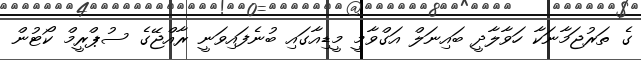
ގެ ތަރުޖަމާނަކާ ހަވާލާދީ ބައިނަލް އަގްވާމީ މީޑިއާގައި ބުނެފައިވަނީ ރާއްޖޭގެ ސުޕްރީމް ކޯޓުން